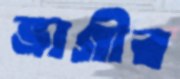
ভাগীর